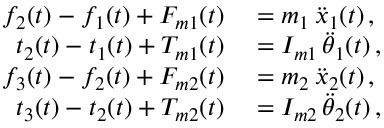
\begin{array} { r l } { f _ { 2 } ( t ) - f _ { 1 } ( t ) + F _ { m 1 } ( t ) } & { { } = m _ { 1 } \, \ddot { x } _ { 1 } ( t ) \, , } \\ { t _ { 2 } ( t ) - t _ { 1 } ( t ) + T _ { m 1 } ( t ) } & { { } = I _ { m 1 } \, \ddot { \theta } _ { 1 } ( t ) \, , } \\ { f _ { 3 } ( t ) - f _ { 2 } ( t ) + F _ { m 2 } ( t ) } & { { } = m _ { 2 } \, \ddot { x } _ { 2 } ( t ) \, , } \\ { t _ { 3 } ( t ) - t _ { 2 } ( t ) + T _ { m 2 } ( t ) } & { { } = I _ { m 2 } \, \ddot { \theta } _ { 2 } ( t ) \, , } \end{array}